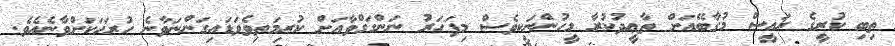
ތިބި ކުރީގެ ރައީސް މުގާބޭއަށް ތާޢީދުކުރާ މީހުންނަކީވެސް މިފަހަރު ނަންގަގްވާއަށް ކުރިމަތިވެވަޑައިގަންނަވާނެ ހުރަހަކަށްވާނެއެވެ.